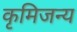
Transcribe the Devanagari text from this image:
कृमिजन्य